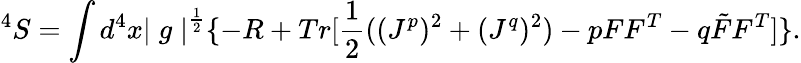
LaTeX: ^4S=\int d^{4}x{\mid g\mid}^{\frac{1}{2}}\{ -R+Tr[\frac{1}{2}((J^{p})^{2}+(J^{q})^{2})-pFF^{T}-q\tilde{F}F^{T}]\} .